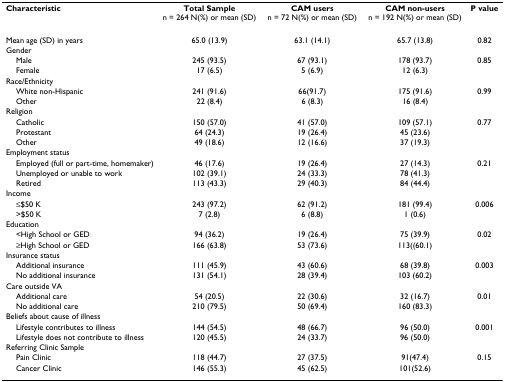
<table><thead><tr><td><b>Characteristic</b></td><td><b>Total Samplen = 264 N(%) or mean (SD)</b></td><td><b>CAM usersn = 72 N(%) or mean (SD)</b></td><td><b>CAM non-usersn = 192 N(%) or mean (SD)</b></td><td><b>P value</b></td></tr></thead><tbody><tr><td>Mean age (SD) in years</td><td>65.0 (13.9)</td><td>63.1 (14.1)</td><td>65.7 (13.8)</td><td>0.82</td></tr><tr><td>Gender</td><td></td><td></td><td></td><td></td></tr><tr><td> Male</td><td>245 (93.5)</td><td>67 (93.1)</td><td>178 (93.7)</td><td>0.85</td></tr><tr><td> Female</td><td>17 (6.5)</td><td>5 (6.9)</td><td>12 (6.3)</td><td></td></tr><tr><td>Race/Ethnicity</td><td></td><td></td><td></td><td></td></tr><tr><td> White non-Hispanic</td><td>241 (91.6)</td><td>66(91.7)</td><td>175 (91.6)</td><td>0.99</td></tr><tr><td> Other</td><td>22 (8.4)</td><td>6 (8.3)</td><td>16 (8.4)</td><td></td></tr><tr><td>Religion</td><td></td><td></td><td></td><td></td></tr><tr><td> Catholic</td><td>150 (57.0)</td><td>41 (57.0)</td><td>109 (57.1)</td><td>0.77</td></tr><tr><td> Protestant</td><td>64 (24.3)</td><td>19 (26.4)</td><td>45 (23.6)</td><td></td></tr><tr><td> Other</td><td>49 (18.6)</td><td>12 (16.6)</td><td>37 (19.3)</td><td></td></tr><tr><td>Employment status</td><td></td><td></td><td></td><td></td></tr><tr><td> Employed (full or part-time, homemaker)</td><td>46 (17.6)</td><td>19 (26.4)</td><td>27 (14.3)</td><td>0.21</td></tr><tr><td> Unemployed or unable to work</td><td>102 (39.1)</td><td>24 (33.3)</td><td>78 (41.3)</td><td></td></tr><tr><td> Retired</td><td>113 (43.3)</td><td>29 (40.3)</td><td>84 (44.4)</td><td></td></tr><tr><td>Income</td><td></td><td></td><td></td><td></td></tr><tr><td> ≤$50 K</td><td>243 (97.2)</td><td>62 (91.2)</td><td>181 (99.4)</td><td>0.006</td></tr><tr><td> &gt;$50 K</td><td>7 (2.8)</td><td>6 (8.8)</td><td>1 (0.6)</td><td></td></tr><tr><td>Education</td><td></td><td></td><td></td><td></td></tr><tr><td> &lt;High School or GED</td><td>94 (36.2)</td><td>19 (26.4)</td><td>75 (39.9)</td><td>0.02</td></tr><tr><td> ≥High School or GED</td><td>166 (63.8)</td><td>53 (73.6)</td><td>113((60.1)</td><td></td></tr><tr><td>Insurance status</td><td></td><td></td><td></td><td></td></tr><tr><td> Additional insurance</td><td>111 (45.9)</td><td>43 (60.6)</td><td>68 (39.8)</td><td>0.003</td></tr><tr><td> No additional insurance</td><td>131 (54.1)</td><td>28 (39.4)</td><td>103 (60.2)</td><td></td></tr><tr><td>Care outside VA</td><td></td><td></td><td></td><td></td></tr><tr><td> Additional care</td><td>54 (20.5)</td><td>22 (30.6)</td><td>32 (16.7)</td><td>0.01</td></tr><tr><td> No additional care</td><td>210 (79.5)</td><td>50 (69.4)</td><td>160 (83.3)</td><td></td></tr><tr><td>Beliefs about cause of illness</td><td></td><td></td><td></td><td></td></tr><tr><td> Lifestyle contributes to illness</td><td>144 (54.5)</td><td>48 (66.7)</td><td>96 (50.0)</td><td>0.001</td></tr><tr><td> Lifestyle does not contribute to illness</td><td>120 (45.5)</td><td>24 (33.7)</td><td>96 (50.0)</td><td></td></tr><tr><td>Referring Clinic Sample</td><td></td><td></td><td></td><td></td></tr><tr><td> Pain Clinic</td><td>118 (44.7)</td><td>27 (37.5)</td><td>91(47.4)</td><td>0.15</td></tr><tr><td> Cancer Clinic</td><td>146 (55.3)</td><td>45 (62.5)</td><td>101(52.6)</td><td></td></tr></tbody></table>